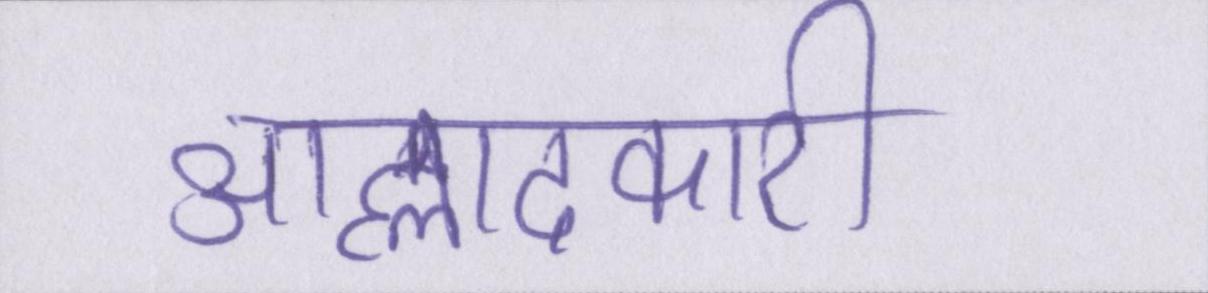
आह्लादकारी